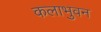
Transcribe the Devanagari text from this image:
कलाभुवन